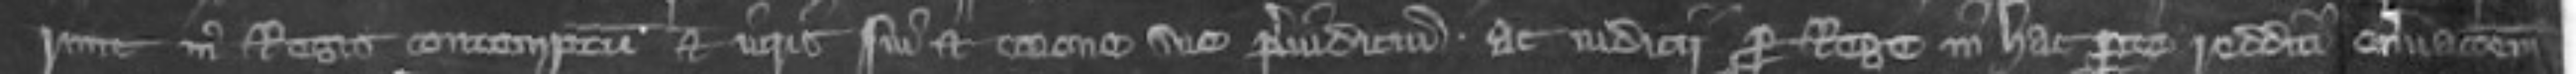
runt in Regis contemptum et iuris sui et corone sue preiudicium ac iudicii pro rege in hac parte redditi enervacionem